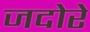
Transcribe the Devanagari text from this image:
जदोरे